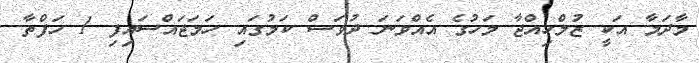
މާދަމާ އަކީ ޒުލްހިއްޖާ މަހުގެ އެއްވަނަ ދުވަސް ކަމުގައި ހަމަޖައްސައިފި 1 ހަފްތާ